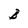
Character: B